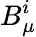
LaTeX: B_{\mu}^{i}